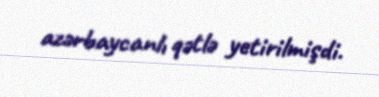
azərbaycanlı qətlə yetirilmişdi.